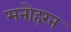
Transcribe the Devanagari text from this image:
मनोहरन